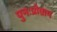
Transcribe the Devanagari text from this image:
पुनःप्रोग्राम